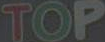
TOP